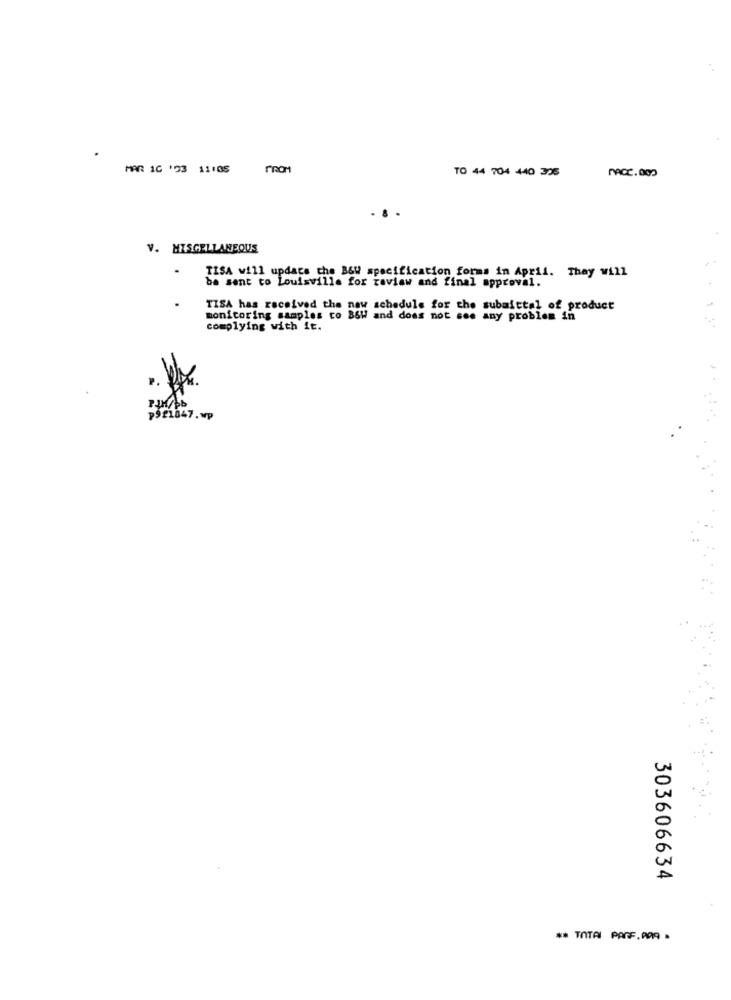
MAR 1C '93 11105
PROM
TO 44 704 440 336
. 8
V. MISCELLANEOUS
TISA will update che B&W specification forms in April. They will
be sent to Louisville for raviaw and final approval.
TISA has received the new schedule for the submittal of product
monitoring samples to B&W and does not see any problem in
complying with it.
p921047.wp
303606634
** TOTAL PARF. PRA .